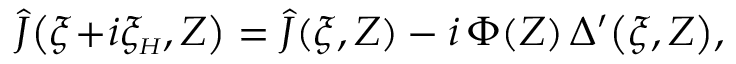
\hat { J } \! \left( \xi \! + \! i \xi _ { { \scriptscriptstyle H } } , Z \right) = \hat { J } ( \xi , Z ) - i \, \Phi ( Z ) \, \Delta ^ { \prime } \! \left( \xi , Z \right) \! ,